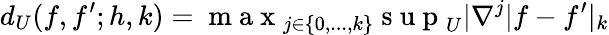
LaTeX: d_{U}(f,f^{\prime};h,k)=\mathrm{~m~a~x~}_{j\in\{ 0,...,k\} }\mathrm{~s~u~p~}_{U}|\nabla^{j}|f-f^{\prime}|_{k}